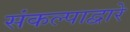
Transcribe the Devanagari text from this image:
संकल्पाद्वारे